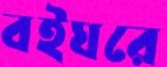
বইঘরে